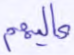
عاليهم